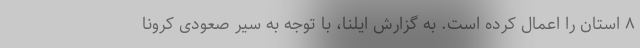
۸ استان را اعمال کرده است. به گزارش ایلنا، با توجه به سیر صعودی کرونا